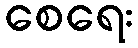
စေရေး